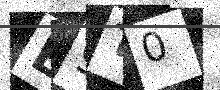
Text: E9T0